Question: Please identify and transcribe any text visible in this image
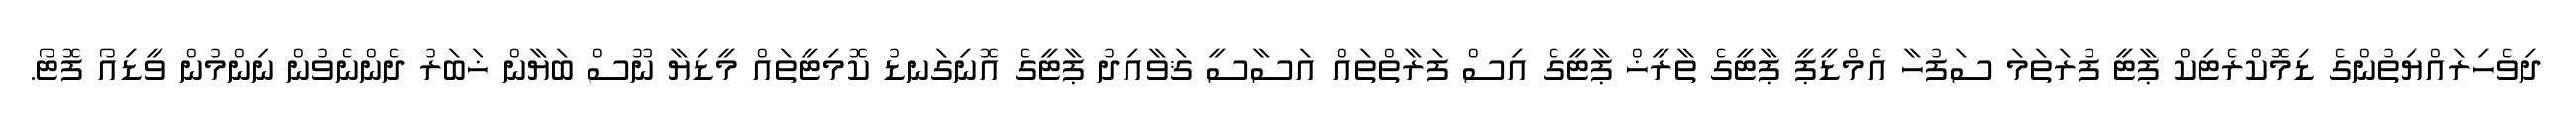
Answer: ދިވެހިރައްޔިތުންގެ ޑިމޮކްރެޓިކް ޕާޓީ ފުރަތަމަ ސަފުހާ އެމްޑީޕީ ޕާޓީގެ ތާރީޚް ޕާޓީގެ އިސް ފަރާތްތައް އަސާސީ ޤަވާއިދު ޕާޓީގެ އޮނިގަނޑު ކޮމިޓީތައް މީޑިޔާ ނޫސް ބަޔާން ޚަބަރު ދެންނެވުން ނިންމުން ވީޑިއޯ ފޮޓޯ.